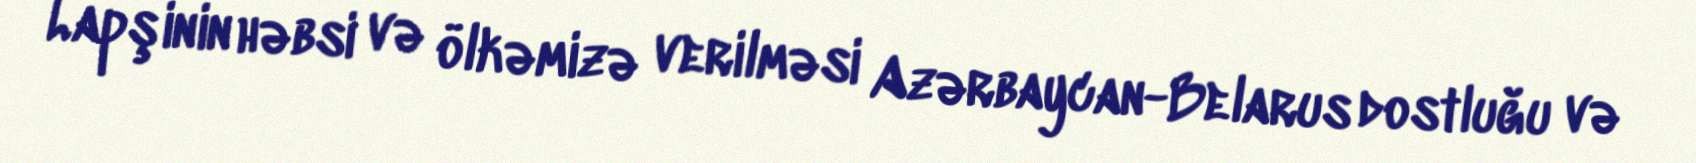
Lapşinin həbsi və ölkəmizə verilməsi Azərbaycan-Belarus dostluğu və